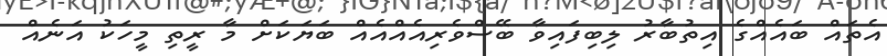
އެތައް ބައެއްގެ އިތުބާރު ލިބިފައިވާ ބޭސްވެރިއެއްއެއް ބަޔަކަށް މާ ރީތި މީހަކު އަނެއް